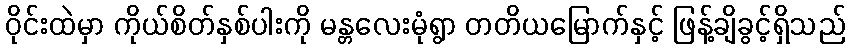
ဝိုင်းထဲမှာ ကိုယ်စိတ်နှစ်ပါးကို မန္တလေးမုံရွာ တတိယမြောက်နှင့် ဖြန့်ချိခွင့်ရှိသည်